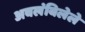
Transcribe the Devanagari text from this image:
अवलंबिलेले